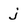
Character: j